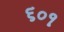
૬૦૧